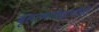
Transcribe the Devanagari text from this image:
बृहत्भगोष्ठांचीही